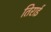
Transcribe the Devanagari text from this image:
तिराई